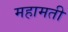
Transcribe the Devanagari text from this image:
महामती